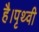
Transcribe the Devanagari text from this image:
है।पृथ्वी